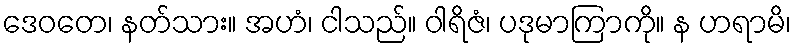
ဒေဝတေ၊ နတ်သား။ အဟံ၊ ငါသည်။ ဝါရိဇံ၊ ပဒုမာကြာကို။ န ဟရာမိ၊